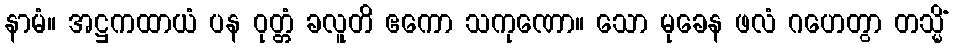
နာမံ။ အဋ္ဌကထာယံ ပန ဝုတ္တံ ခလူတိ ဧကော သကုဏော။ သော မုခေန ဖလံ ဂဟေတွာ တသ္မိံ